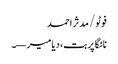
فوٹو/ مدثر احمد
نانگا پربت، دیامیر—۔